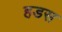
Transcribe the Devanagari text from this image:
हडस